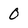
Character: 0